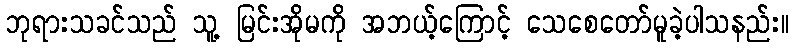
ဘုရားသခင်သည် သူ့ မြင်းအိုမကို အဘယ့်ကြောင့် သေစေတော်မူခဲ့ပါသနည်း။